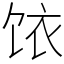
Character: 饻